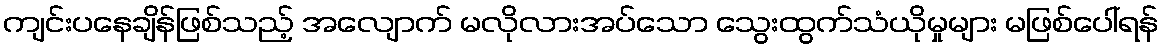
ကျင်းပနေချိန်ဖြစ်သည့် အလျောက် မလိုလားအပ်သော သွေးထွက်သံယိုမှုများ မဖြစ်ပေါ်ရန်